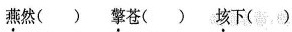
\underset{·}{燕}然( )\underset{·}{擎}苍( )\underset{·}{垓}下( )